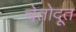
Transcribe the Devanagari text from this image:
चेतोदूत